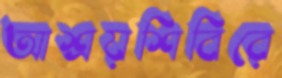
আশ্রয়শিবিরে